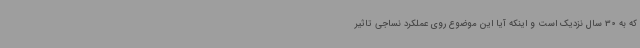
که به 30 سال نزدیک است و اینکه آیا این موضوع روی عملکرد نساجی تاثیر